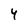
Character: 4